Plague in India, 1896, 1897 - Volume 3
Year: 1896
Disease focus: Plague
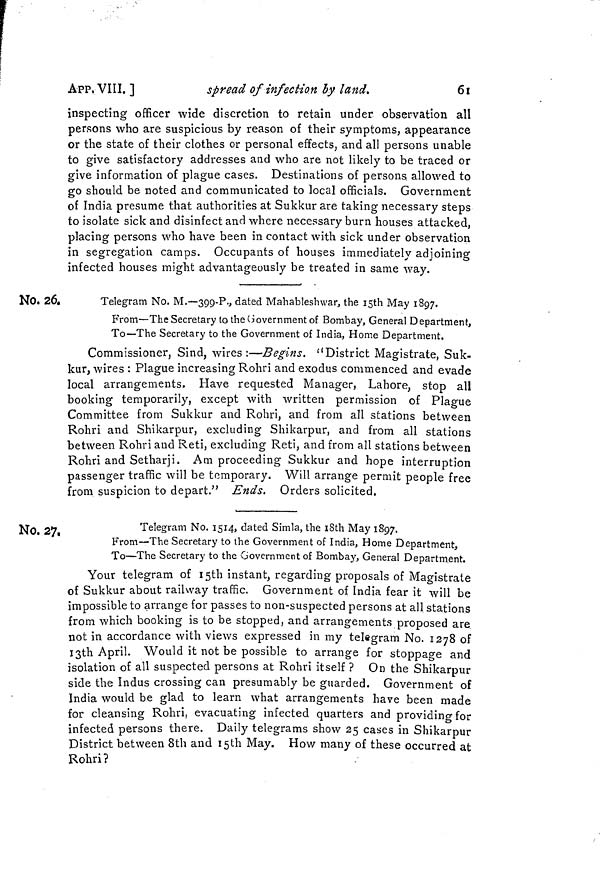
APP. VIII. ]
spread of infection by land.
61
inspecting officer wide discretion to retain under observation all
persons who are suspicious by reason of their symptoms, appearance
or the state of their clothes or personal effects, and all persons unable
to give satisfactory addresses and who are not likely to be traced or
give information of plague cases. Destinations of persons allowed to
go should be noted and communicated to local officials. Government
of India presume that authorities at Sukkur are taking necessary steps
to isolate sick and disinfect and where necessary burn houses attacked,
placing persons who have been in contact with sick under observation
in segregation camps. Occupants of houses immediately adjoining
infected houses might advantageously be treated in same way.
No. 26.
Telegram No. M.—399-P., dated Mahableshwar, the 15th May 1897.
From—The Secretary to the Government of Bombay, General Department,
To—The Secretary to the Government of India, Home Department.
Commissioner, Sind, wires:—Begins. "District Magistrate, Suk-
kur, wires : Plague increasing Rohri and exodus commenced and evade
local arrangements. Have requested Manager, Lahore, stop all
booking temporarily, except with written permission of Plague
Committee from Sukkur and Rohri, and from all stations between
Rohri and Shikarpur, excluding Shikarpur, and from all stations
between Rohri and Reti, excluding Reti, and from all stations between
Rohri and Setharji. Am proceeding Sukkur and hope interruption
passenger traffic will be temporary. Will arrange permit people free
from suspicion to depart' Ends. Orders solicited.
No. 27.
Telegram No. 1514, dated Simla, the 18th May 1897.
From—The Secretary to the Government of India, Home Department,
To—The Secretary to the Government of Bombay, General Department.
Your telegram of 15th instant, regarding proposals of Magistrate
of Sukkur about railway traffic. Government of India fear it will be
impossible to arrange for passes to non-suspected persons at all stations
from which booking is to be stopped, and arrangements proposed are
not in accordance with views expressed in my telegram No. 1278 of
I3th April. Would it not be possible to arrange for stoppage and
isolation of all suspected persons at Rohri itself ? On the Shikarpur
side the Indus crossing can presumably be guarded. Government of
India would be glad to learn what arrangements have been made
for cleansing Rohri, evacuating infected quarters and providing for
infected persons there. Daily telegrams show 25 cases in Shikarpur
District between 8th and 15th May. How many of these occurred at
Rohri?